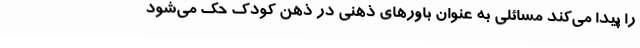
را پیدا می‌کند مسائلی به عنوان باورهای ذهنی در ذهن کودک حک می‌شود